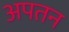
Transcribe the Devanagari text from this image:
अपतन